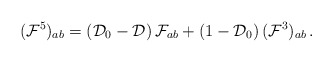
\begin{align*}({\cal F}^5)_{ab} = ({\cal D}_0 -{\cal D}) \, {\cal F}_{ab} +(1-{\cal D}_0)\, ({\cal F}^3)_{ab} \, .\end{align*}